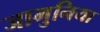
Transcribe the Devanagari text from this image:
जामुनिया